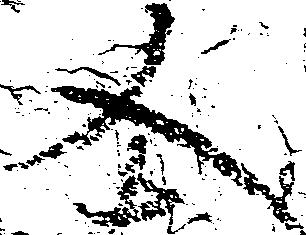
又